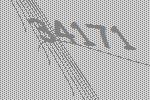
34171